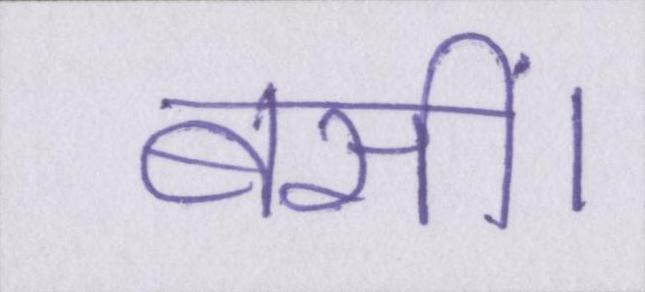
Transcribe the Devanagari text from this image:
बसीं।